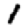
Digit: 1